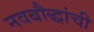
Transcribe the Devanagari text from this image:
नवबौद्धांची